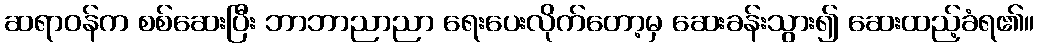
ဆရာဝန်က စစ်ဆေးပြီး ဘာဘာညာညာ ရေးပေးလိုက်တော့မှ ဆေးခန်းသွား၍ ဆေးထည့်ခံရ၏။